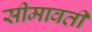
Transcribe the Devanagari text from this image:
सीमावती